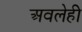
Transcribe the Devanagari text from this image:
अवलेही